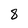
Character: 8